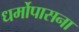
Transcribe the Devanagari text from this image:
धर्मोपासना